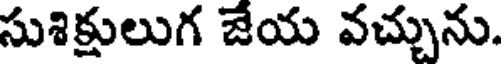
సుశిక్షులుగ చేయ వచ్చును.